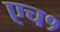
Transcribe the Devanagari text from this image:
एच१